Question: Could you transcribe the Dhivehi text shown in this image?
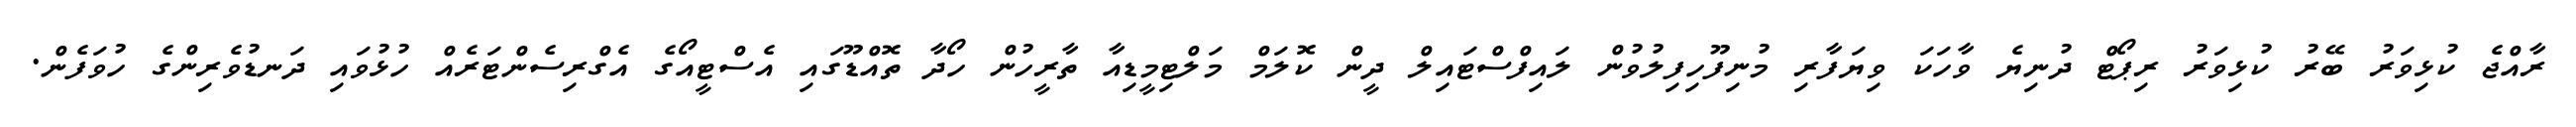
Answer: ރާއްޖެ ކުޅިވަރު ބޭރު ކުޅިވަރު ރިޕޯޓް ދުނިޔެ ވާހަކަ ވިޔަފާރި މުނިފޫހިފިލުވުން ލައިފްސްޓައިލް ދީން ކޮލަމް މަލްޓިމީޑިއާ ތާރީހުން ހޯދާ ތޮއްޑޫގައި އެސްޓީއޯގެ އެގްރިސެންޓަރެއް ހުޅުވައި ދަނޑުވެރިންގެ ހުވަފެން.